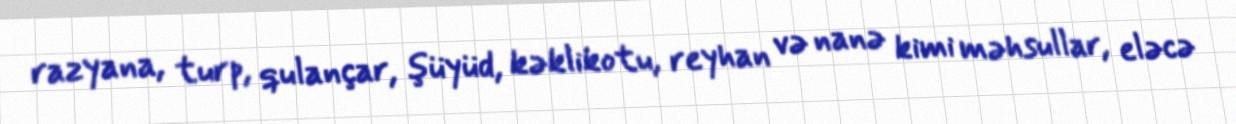
razyana, turp, qulançar, şüyüd, kəklikotu, reyhan və nanə kimi məhsullar, eləcə